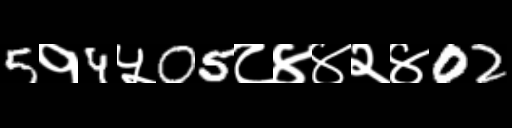
Text: 5१4५05८४४२४02